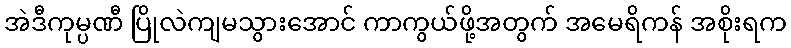
အဲဒီကုမ္ပဏီ ပြိုလဲကျမသွားအောင် ကာကွယ်ဖို့အတွက် အမေရိကန် အစိုးရက